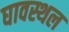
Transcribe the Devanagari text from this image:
घावस्थल